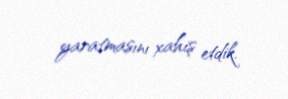
yaratmasını xahiş etdik.